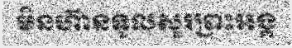
មិនហ៊ានទូលសួរព្រះអង្គ